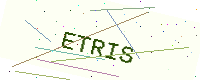
Text: ETRIS